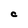
Character: C